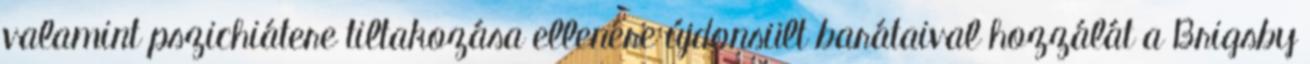
valamint pszichiátere tiltakozása ellenére újdonsült barátaival hozzálát a Brigsby